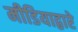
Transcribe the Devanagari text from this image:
मीडियाद्वारे